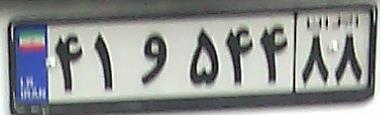
۴۱و۵۴۴۸۸